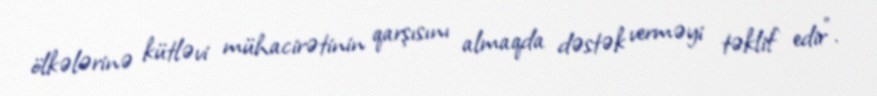
ölkələrinə kütləvi mühacirətinin qarşısını almaqda dəstək verməyi təklif edir”.